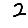
Digit: 2